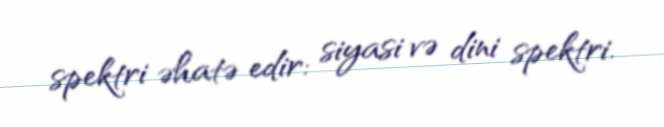
spektri əhatə edir: siyasi və dini spektri.